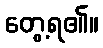
တွေ့ရ၏။